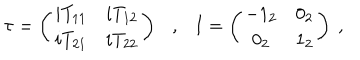
\tau = \left( \begin{matrix} { { i T _ { 1 1 } } } & { { i T _ { 1 2 } } } \\ { { i T _ { 2 1 } } } & { { i T _ { 2 2 } } } \\ \end{matrix} \right) , I = \left( \begin{matrix} { { - 1 _ { 2 } } } & { { 0 _ { 2 } } } \\ { { 0 _ { 2 } } } & { { 1 _ { 2 } } } \\ \end{matrix} \right) ~ ,